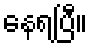
နေရပြီ။